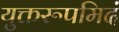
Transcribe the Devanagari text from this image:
युक्तरूपमिदं